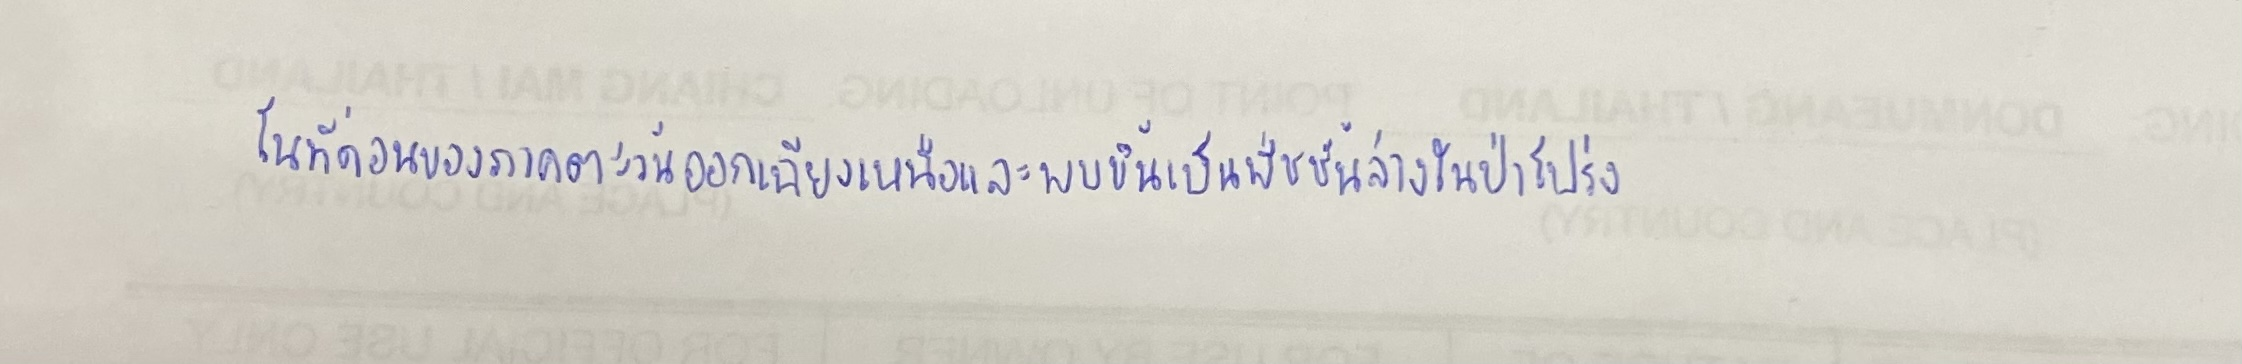
ในที่ดอนของภาคตะวันออกเฉียงเหนือและพบขึ้นเป็นพืชชั้นล่างในป่าโปร่ง